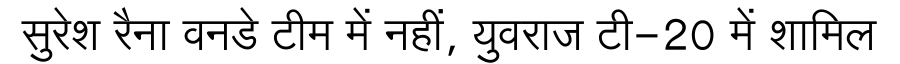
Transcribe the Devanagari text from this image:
सुरेश रैना वनडे टीम में नहीं, युवराज टी-20 में शामिल